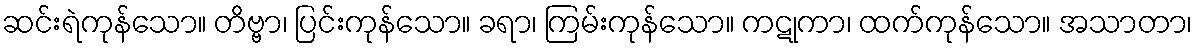
ဆင်းရဲကုန်သော။ တိဗ္ဗာ၊ ပြင်းကုန်သော။ ခရာ၊ ကြမ်းကုန်သော။ ကဋုကာ၊ ထက်ကုန်သော။ အသာတာ၊